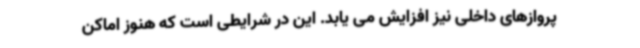
پروازهای داخلی نیز افزایش می یابد. این در شرایطی است که هنوز اماکن